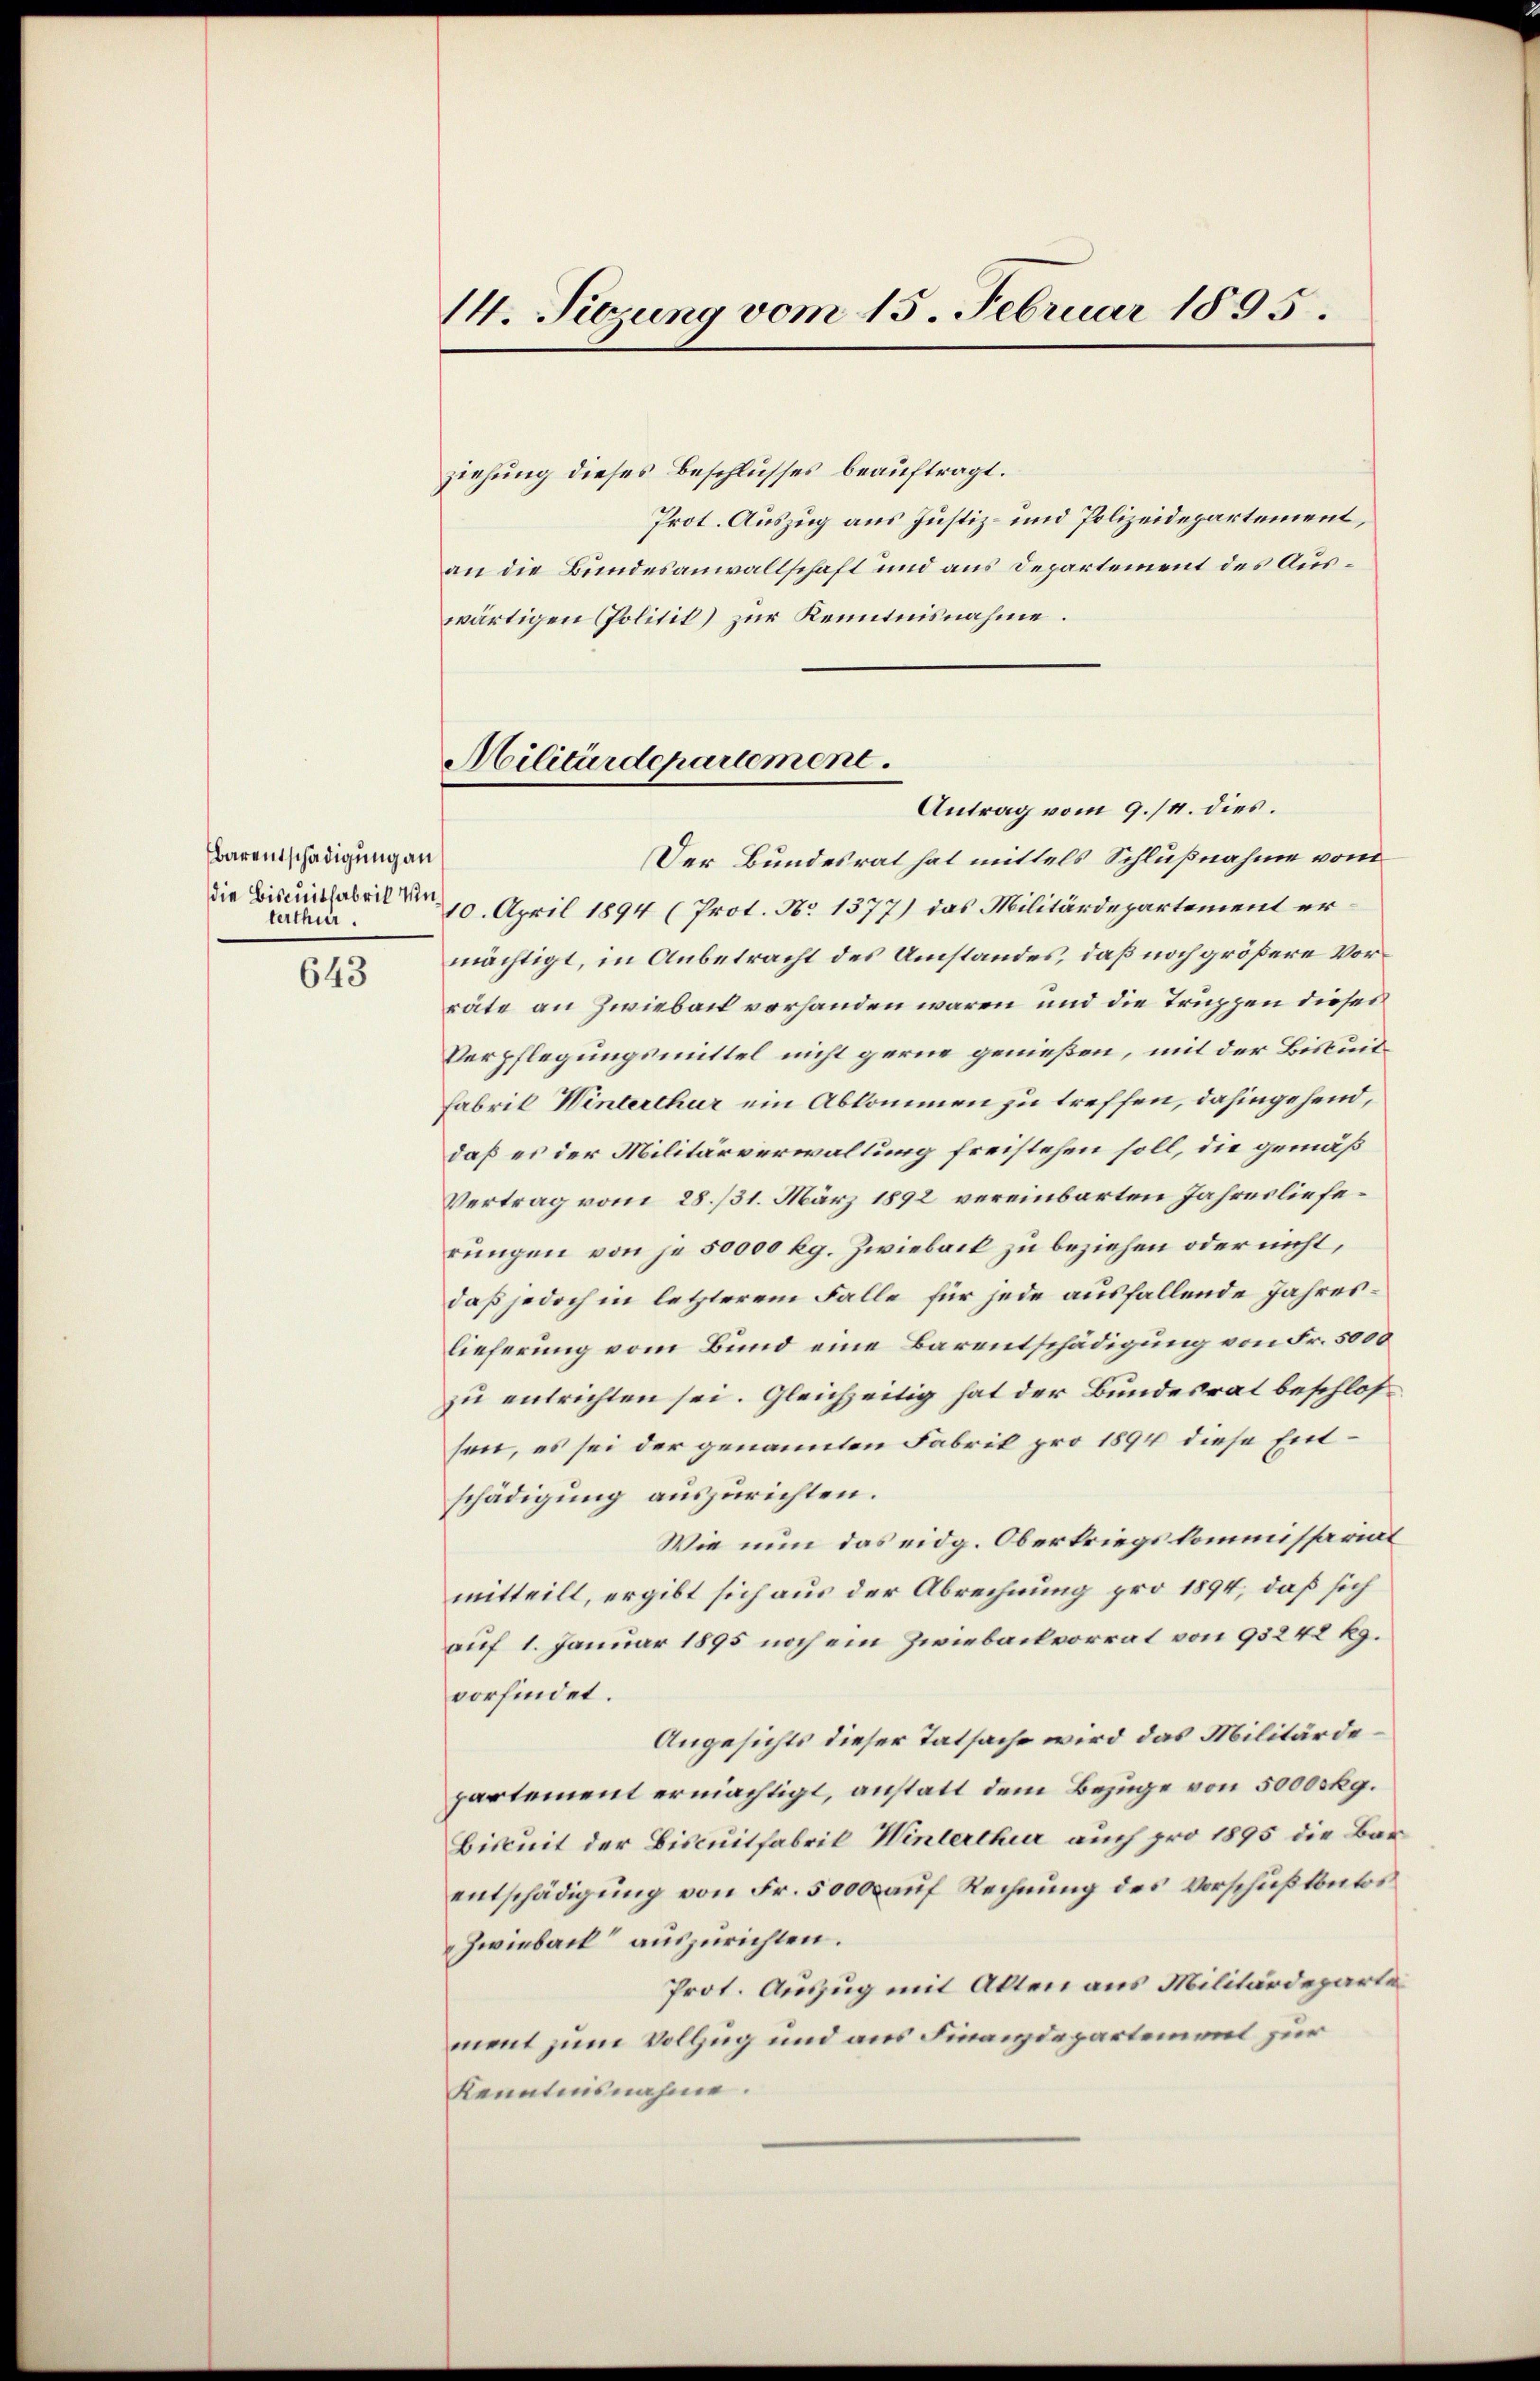
Barentschädigung an
die Bisquitfabrik Unterthur.

643

14. Sitzung vom 15. Februar 1895.

Militärdepartement.
Antrag vom 9. /. dies.

ziehung dieses Beschlusses beauftragt.
Prot. Auszug aus Justiz- und Polizeidepartement,
an die Bundesanwaltschaft und aus Departement des Auswärtigen Politit) zur Kenntnisnahme.
Der Bundesrat hat mittels Schlußnahme vom
10. April 1894 (Prot. No 1377) das Militärdepartement ermächtigt, in Anbetracht des Umstandes, daß noch größere Vorräte an Zwiebach vorhanden waren und die Truppen dieser
Verpflegungsmittel nicht gerne genießen, mit der Biskuit¬
Fabrik Winterthur ein Abkommen zu treffen, dahingehend,
daß es der Militärverwaltung freistehen soll, die gemäß
Vertrag vom 28. 731. März 1892 vereinbarten Jahreslieferungen von je 50000 kg. Zwieback zu beziehen oder nicht,
daß jedoch in letzterem Falle für jede ausfallende Jahreslieferung vom Bund eine Barentschädigung von Fr. 5000
zu entrichten sei. Gleichzeitig hat der Bundesrat beschlossen, es sei der genannten Fabrik pro 1894 diese Entschädigung auszurichten.
Wie nun das eidg. Oberkriegskommissariat
mitteilt, ergibt sich aus der Abrechnung pro 1894, daß sich
auf 1. Januar 1895 noch ein Zwiebackvorrat von 93242 kg.
vorfindet.
Angesichts dieser Tatsache wird das Militärde
partement ermächtigt, anstatt dem Bezüge von 5000skg.
Biskuit der Biscuitfabrik Winterthur auch pro 1895 die Barentschädigung von Fr. 5000 auf Rechnung des Vorschußkautos
Zwieback“ auszurichten.
Prot. Auszug mit Akten aus Militärdeparte
ment zum Vollzug und aus Finanzdepartement zur
Kenntnisnahme.